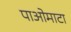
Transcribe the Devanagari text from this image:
पाओमाटा